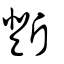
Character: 𣃆